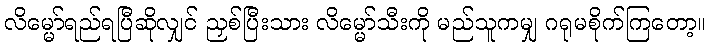
လိမ္မော်ရည်ရပြီဆိုလျှင် ညှစ်ပြီးသား လိမ္မော်သီးကို မည်သူကမျှ ဂရုမစိုက်ကြတော့။